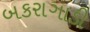
બકરાગાડી